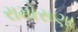
રામોસણા